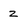
Character: 2